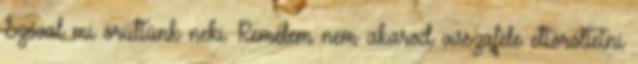
Szóval mi örültünk neki. Remélem nem akarod visszafele eltöröltetni